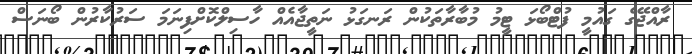
ރާއްޖޭގެ ގައުމީ ފުޓްބޯޅަ ޓީމު މުބާރާތަކުން ރަނގަޅު ނަތީޖާއެއް ހާސިލްކޮށްފިނަމަ ސަރުކާރުން ބޯނަސް